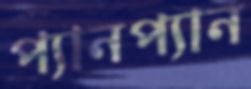
প্যানপ্যান